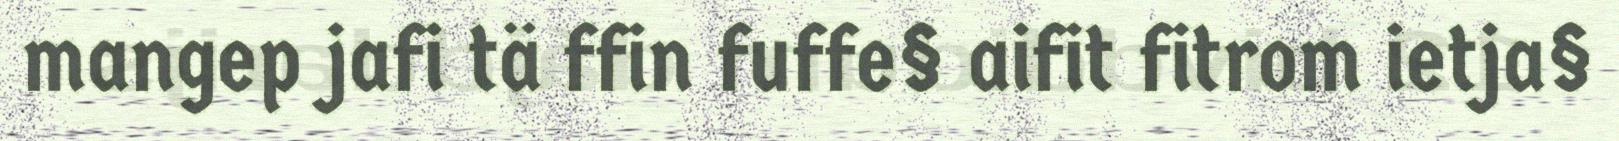
mangep jafi tä ffin fuffe§ aifit fitrom ietja§